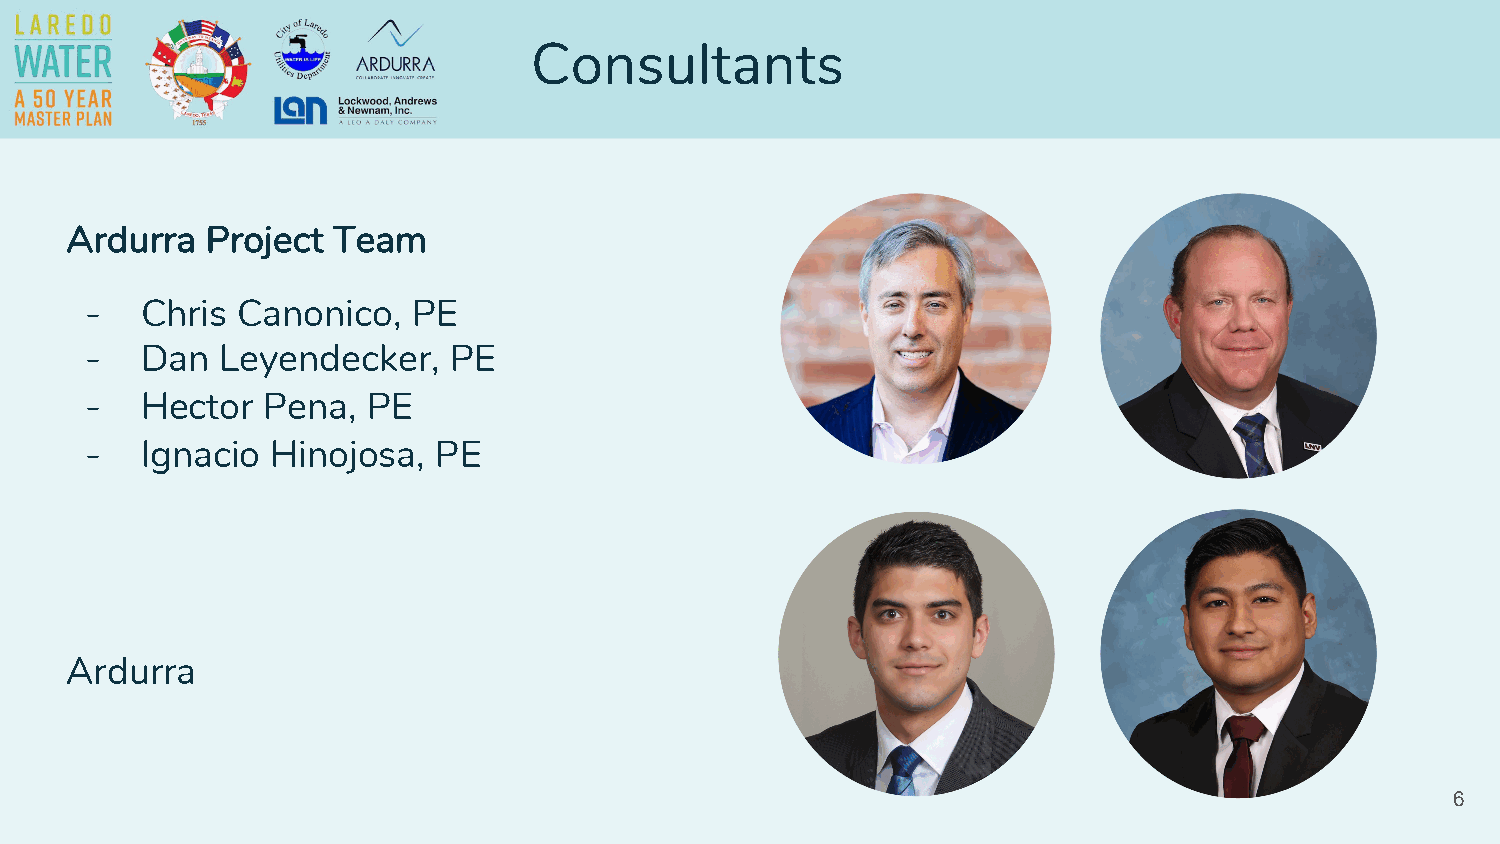
Consultants
 Ardurra   Project Team
 -  Chris  Canonico,  PE
 -  Dan   Leyendecker,   PE
 -  Hector  Pena,  PE
 -  Ignacio  Hinojosa,  PE
 Ardurra
 6